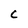
Character: C